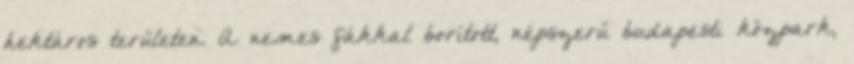
hektáros területen. A nemes fákkal borított, népszerű budapesti közpark,